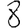
Digit: 8